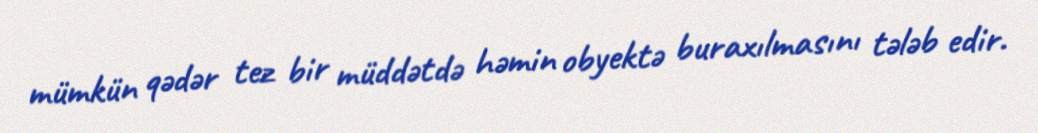
mümkün qədər tez bir müddətdə həmin obyektə buraxılmasını tələb edir.